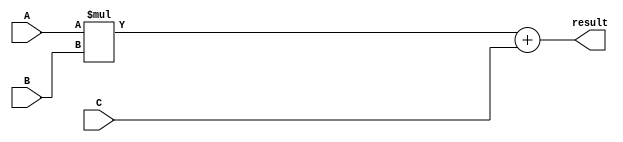
module fused_multiply_add_unit (
    input [31:0] A,
    input [31:0] B,
    input [31:0] C,
    output reg [31:0] result
);

// Internal components for performing multiplication, addition, rounding, and normalization
reg [31:0] mult_result;
reg [31:0] add_result;

// Fused multiply-add operation
always @(*) begin
    mult_result = A * B;
    add_result = mult_result + C;
    // Rounding and normalization operations
    // Add IEEE 754 standard support
    // Add support for special cases such as infinities and NaNs
    result = add_result; // Output the result of the fused multiply-add operation
end

endmodule